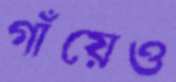
গাঁয়েও